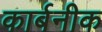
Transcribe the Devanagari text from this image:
कार्बनीक